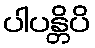
ပါပန္တိပိ